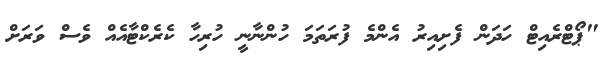
"ޕޯޓްރެއިޓް ހަދަން ފެށިއިރު އެންމެ ފުރަތަމަ ހުންނާނީ ހުރިހާ ކެރެކްޓާއެއް ވެސް ވަރަށް